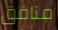
منافق